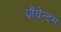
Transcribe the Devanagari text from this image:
ज़ैवेन्टम